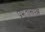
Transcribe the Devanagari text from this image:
प्रभुतासंपन्न